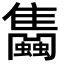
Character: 𧕣